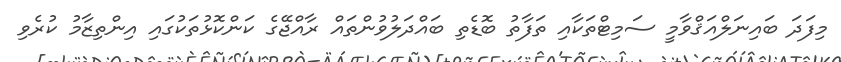
މިފަދަ ބައިނަލްއަޤްވާމީ ސަމިޓްތަކާއި ތަފާތު ބޮޑެތި ބައްދަލުވުންތައް ރާއްޖޭގެ ކަންކޮޅުތަކުގައި އިންތިޒާމު ކުރެވި